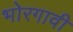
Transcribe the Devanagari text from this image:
भोरगावी